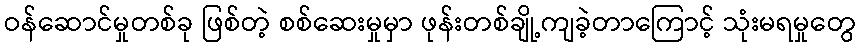
ဝန်ဆောင်မှုတစ်ခု ဖြစ်တဲ့ စစ်ဆေးမှုမှာ ဖုန်းတစ်ချို့ကျခဲ့တာကြောင့် သုံးမရမှုတွေ